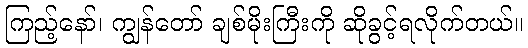
ကြည့်နော်၊ ကျွန်တော် ချစ်မိုးကြီးကို ဆိုခွင့်ရလိုက်တယ်။